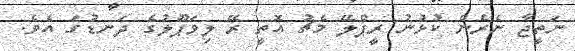
ނަތީޖާ ނެރެން ކުޅުނު ރީޕްލޭ މެޗު އޮތީ ރޭ ލިވަޕޫލުގެ ދަނޑުގަ އެވެ.